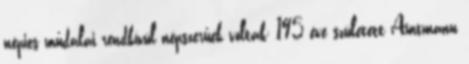
népies műdalai rendkívül népszerűek voltak; 195 éve született Amtmann